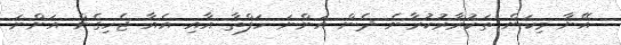
އޭނާ މިކަން ތަކުރާރުކުރާނެ ދެން އަންނަ ހަފްތާ އާއި އެއާ ޖެހިގެން އަންނަ